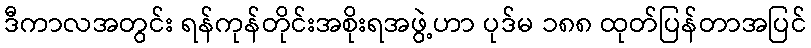
ဒီကာလအတွင်း ရန်ကုန်တိုင်းအစိုးရအဖွဲ့ဟာ ပုဒ်မ ၁၈၈ ထုတ်ပြန်တာအပြင်